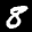
Label: 8